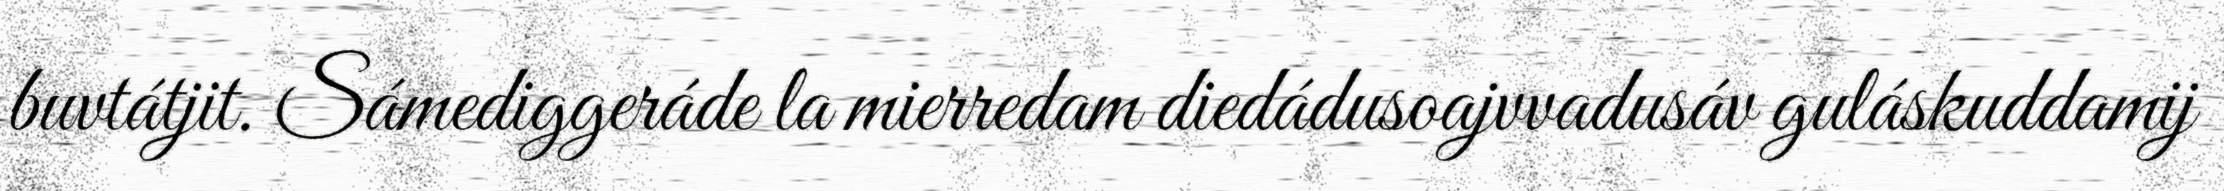
buvtátjit. Sámediggeráde la mierredam diedádusoajvvadusáv guláskuddamij